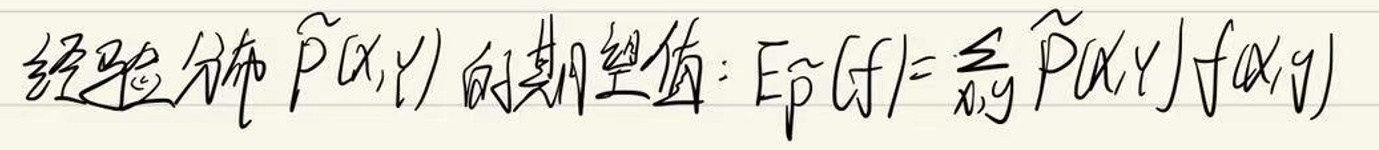
经验分布\(\tilde{P}(x,y)\)的期望值:\(E_{\tilde{P}}(f)=\sum_{x,y}\tilde{P}(x,y)f(x,y)\)